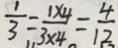
\frac { 1 } { 3 } = \frac { 1 \times 4 } { 3 \times 4 } = \frac { 4 } { 1 2 }